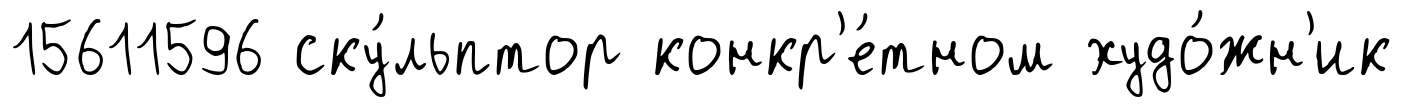
15611596 ску́льптор конкр'е́тном худо́жн'ик